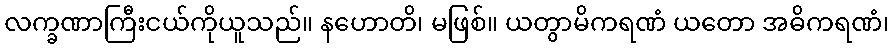
လက္ခဏာကြီးငယ်ကိုယူသည်။ နဟောတိ၊ မဖြစ်။ ယတွာမိကရဏံ ယတော အဓိကရဏံ၊